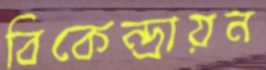
বিকেন্দ্রায়ন